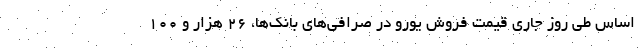
اساس طی روز جاری قیمت فروش یورو در صرافی‌های بانک‌ها، ۲۶ هزار و ۱۰۰